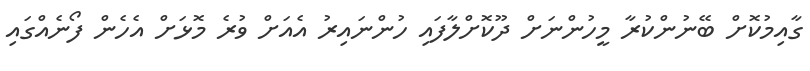
ގާއިމުކޮށް ބޭނުންކުރާ މީހުންނަށް ދޫކޮށްލާފައި ހުންނައިރު އެއަށް ވުރެ މޮޅަށް އެހެން ފޯނެއްގައި